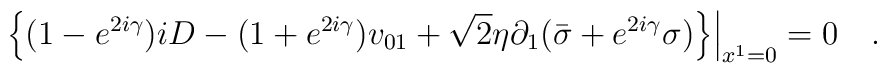
\left.\left\{(1-e^{2i\gamma})iD-(1+e^{2i\gamma})v_{01}+{\sqrt 2}\eta \partial_1({\bar \sigma}+e^{2i\gamma}\sigma)\right\}\right|_{x^1=0}=0 \quad.